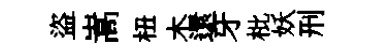
盜嵩杻木還牙枇妖刑